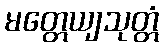
မတ္တေယျသုတ္တံ